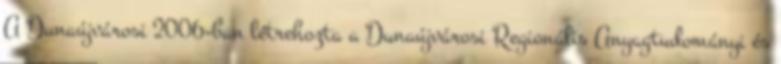
A Dunaújvárosi 2006-ban létrehozta a Dunaújvárosi Regionális Anyagtudományi és